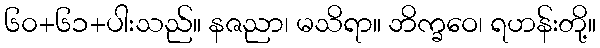
၆၀+၆၁+ပါးသည်။ နဇညာ၊ မသိရာ။ ဘိက္ခဝေ၊ ရဟန်းတို့။